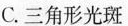
C.三角形光斑